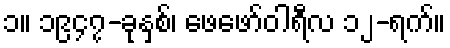
၁။ ၁၉၄၇-ခုနှစ်၊ ဖေဖော်ဝါရီလ ၁၂-ရက်။